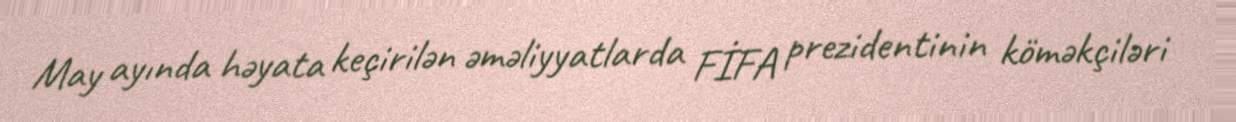
May ayında həyata keçirilən əməliyyatlarda FİFA prezidentinin köməkçiləri